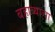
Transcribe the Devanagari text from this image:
बहाव्याचा